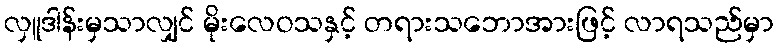
လှူဒါန်းမှသာလျှင် မိုးလေဝသနှင့် တရားသဘောအားဖြင့် လာရသည်မှာ